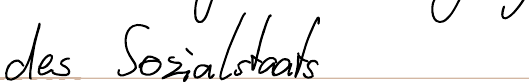
das Sozialstaats